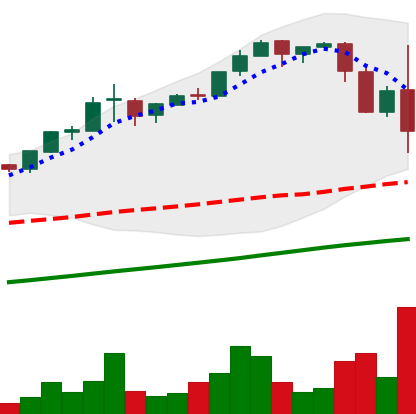
Ticker: BTC-USD
Chart end date: 2017-03-10
Forward return: 11.9%
Label: up_7plus